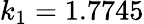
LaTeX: k_{1}=1.7745